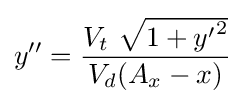
y''={\frac {V_{t}\ {\sqrt {1+{y'}^{2}}}}{V_{d}(A_{x}-x)}}